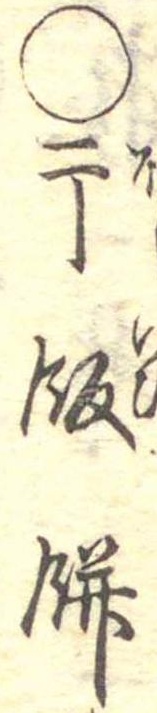
○干飯餅